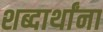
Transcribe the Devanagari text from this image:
शब्दार्थांना